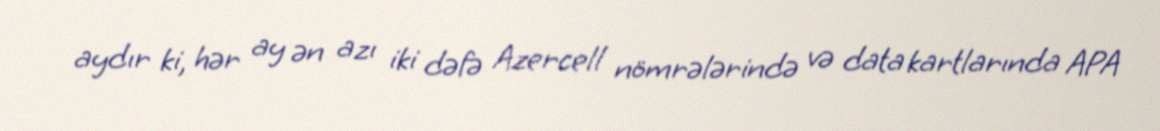
aydır ki, hər ay ən azı iki dəfə Azercell nömrələrində və data kartlarında APA